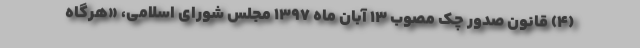
(4) قانون صدور چک مصوب 13‌ آبان ماه 1397 مجلس شورای اسلامی، «هرگاه